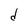
Character: d